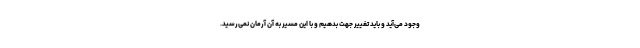
وجود می‌آید و باید تغییر جهت بدهیم و با این مسیر به آن آرمان نمی‌رسید.